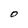
Character: O